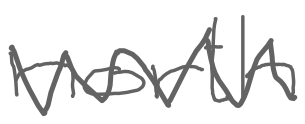
Text: north
Cross-out: zig-zag
Writing tool: digital_gray